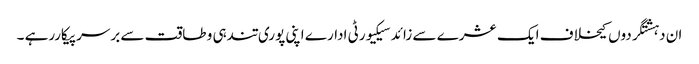
ان دہشتگردوں کیخلاف ایک عشرے سے زائد سیکیورٹی ادارے اپنی پوری تندہی و طاقت سے برسرپیکاررہے ۔